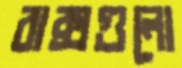
বাক্সগুলো